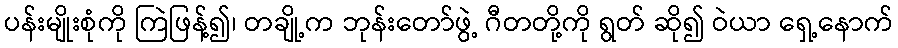
ပန်းမျိုးစုံကို ကြဲဖြန့်၍၊ တချို့က ဘုန်းတော်ဖွဲ့ ဂီတတို့ကို ရွတ် ဆို၍ ဝဲယာ ရှေ့နောက်